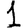
Digit: 1